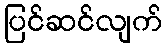
ပြင်ဆင်လျက်